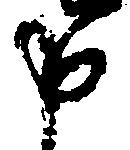
申